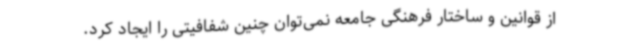
از قوانین و ساختار فرهنگی جامعه نمی‌توان چنین شفافیتی را ایجاد کرد.